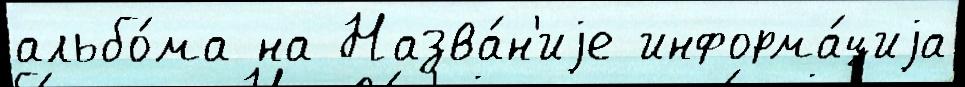
альбо́ма на Назва́н'иjе информа́циjа